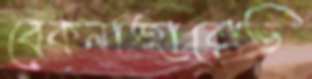
বেকনাজারোভ